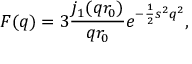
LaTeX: F ( q ) = 3 \frac { j _ { 1 } ( q r _ { 0 } ) } { q r _ { 0 } } e ^ { - \frac { 1 } { 2 } s ^ { 2 } q ^ { 2 } } ,